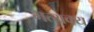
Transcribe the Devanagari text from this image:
मत्यक्य